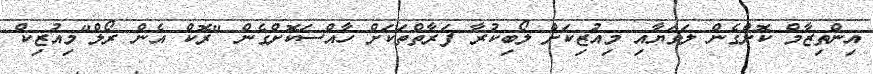
އިންތިޒާމް ކޮށްގެން ލަވަޔާއި މިއުޒިކަށް ލޯބިކުރާ ފަރާތްތަކަށް ހާއްސަކޮށްގެން "ރޮކް އެން ރޯލް"މިއުޒިކް